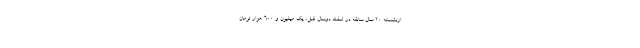
ازنشسته ۲۰ سال سابقه در اسفند دوسال قبل، یک میلیون و ۶۰۰ هزار تومان